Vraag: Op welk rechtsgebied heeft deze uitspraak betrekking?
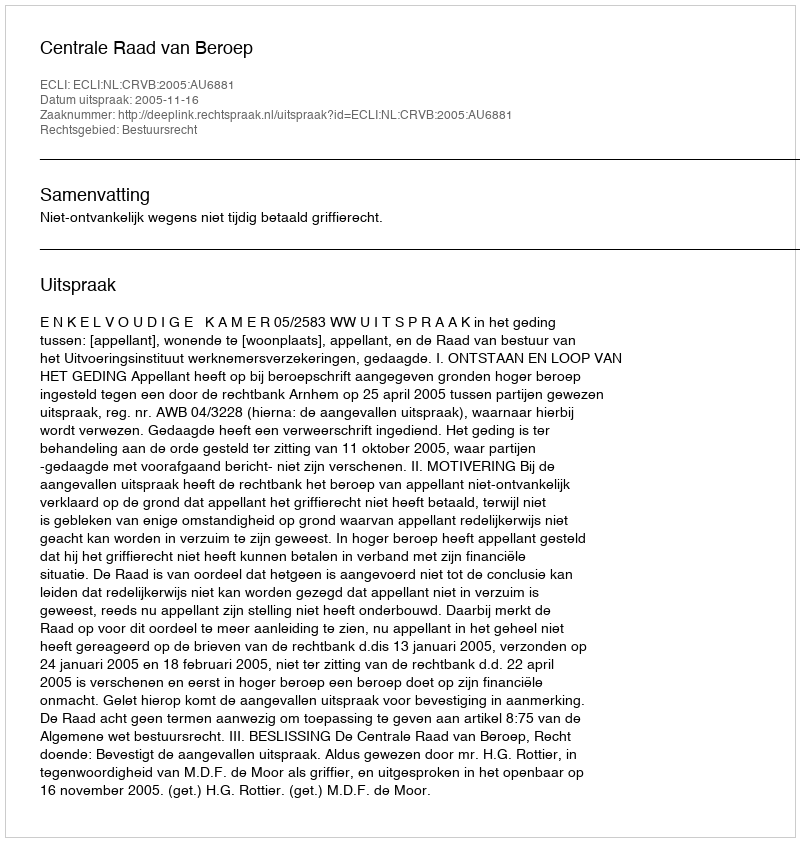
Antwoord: Bestuursrecht